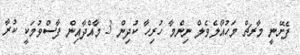
ފެށޭނީ މާރޗް މަހުއޯލެވެލް ނިންމާ ހުރިހާ ކުދިން 3 މާއްދާއިން ފާސްވުމަކީ ކުރާ